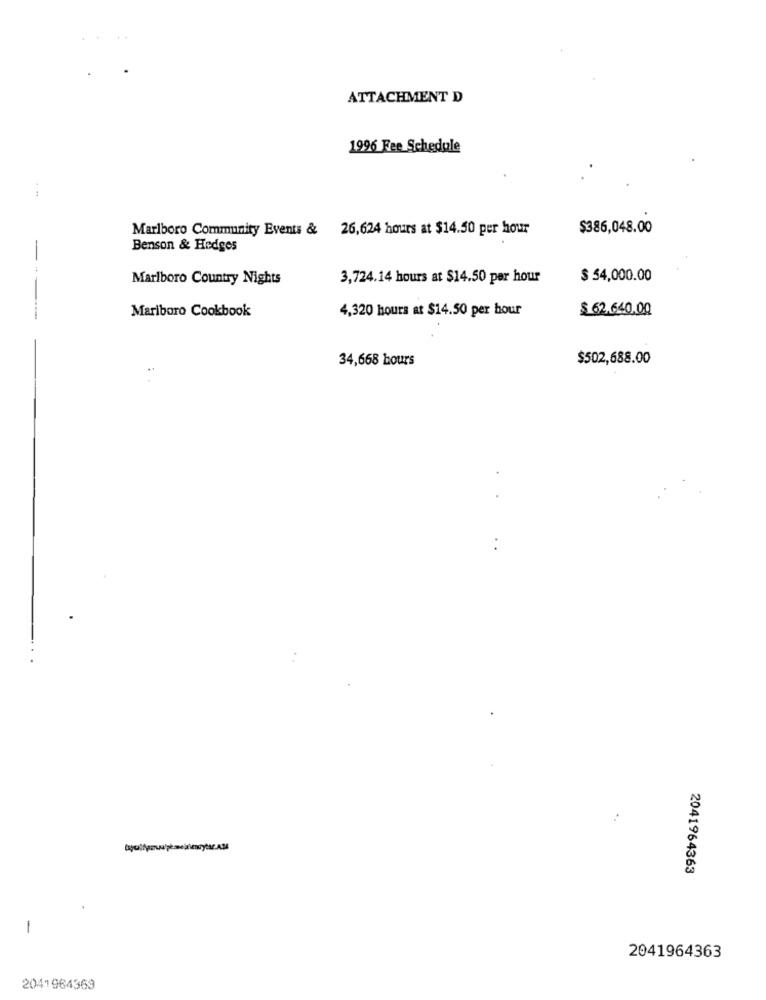
ATTACHMENT D
1996 Fee Schedule
Marlboro Community Events & 26,624 hours at $14.50 per hour
$386,048.00
Benson & Hedges
Marlboro Country Nights
3,724.14 hours at $14.50 per hour
$ 54,000.00
4,320 hours at $14.50 per hour
$ 62.640.00
Marlboro Cookbook
34,668 hours
$502,688.00
2041964363
-
2041964363
2041964369